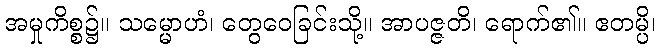
အမှုကိစ္စ၌။ သမ္မောဟံ၊ တွေဝေခြင်းသို့။ အာပဇ္ဇတိ၊ ရောက်၏။ ဧတမ္ပိ၊